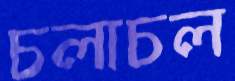
চলাচল